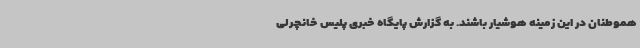
هموطنان در این زمینه هوشیار باشند. به گزارش پایگاه خبری پلیس خانچرلی